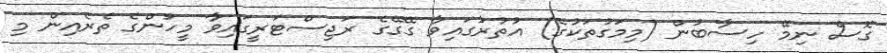
ގޮސް ނިމޭ ހިސާބުން (މިމަގުތަކުގެ) އުތުރުގައިވާ ގޭގޭގެ ރަޖިސްޓަރީގައިވާ މީހުންގެ ތެރެއިން މި